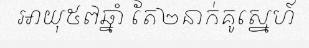
អាយុ៥៧ឆ្នាំ តែ២នាក់គូស្នេហ៍